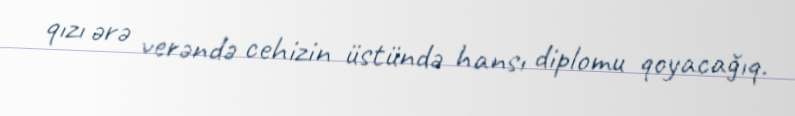
qızı ərə verəndə cehizin üstündə hansı diplomu qoyacağıq.